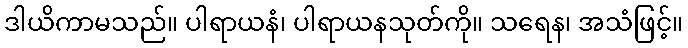
ဒါယိကာမသည်။ ပါရာယနံ၊ ပါရာယနသုတ်ကို။ သရေန၊ အသံဖြင့်။